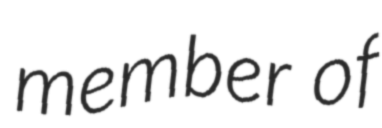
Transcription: member of